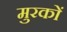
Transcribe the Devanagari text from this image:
मुरकों